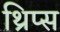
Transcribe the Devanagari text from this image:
थ्रिप्‍स